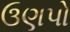
ઉણપો